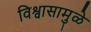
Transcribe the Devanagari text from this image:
विश्वासामुळे